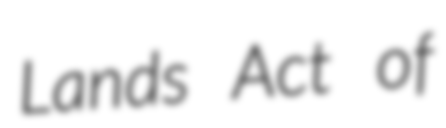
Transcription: Lands Act of